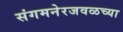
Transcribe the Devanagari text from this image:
संगमनेरजवळच्या